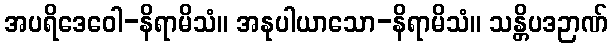
အပရိဒေဝေါ-နိရာမိသံ။ အနုပါယာသော-နိရာမိသံ။ သန္တိပဒဉာဏ်